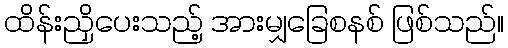
ထိန်းညှိပေးသည့် အားမျှခြေစနစ် ဖြစ်သည်။